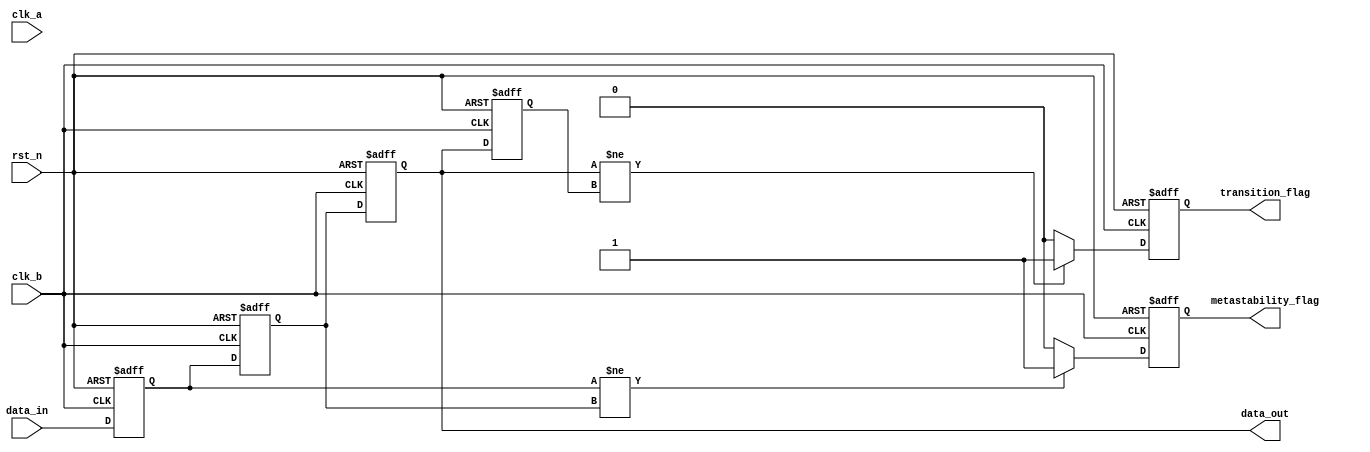
module cdc_detector #(
    parameter DATA_WIDTH = 1 // Width of the data signal
)(
    input wire clk_a,          // Clock for the source domain
    input wire clk_b,          // Clock for the destination domain
    input wire rst_n,          // Active low reset
    input wire [DATA_WIDTH-1:0] data_in, // Data signal from source domain
    output reg [DATA_WIDTH-1:0] data_out, // Sampled data signal in destination domain
    output reg transition_flag, // Flag indicating a transition
    output reg metastability_flag // Flag indicating a metastability occurrence
);

    // Internal signals
    reg [DATA_WIDTH-1:0] sync_ff1; // First flip-flop in the synchronizer
    reg [DATA_WIDTH-1:0] sync_ff2; // Second flip-flop in the synchronizer
    reg [DATA_WIDTH-1:0] prev_data_out; // Previous sampled data

    // Asynchronous reset logic
    always @(posedge clk_b or negedge rst_n) begin
        if (!rst_n) begin
            sync_ff1 <= 0;
            sync_ff2 <= 0;
            data_out <= 0;
            prev_data_out <= 0;
            transition_flag <= 0;
            metastability_flag <= 0;
        end else begin
            // Sample the data signal on clk_b
            sync_ff1 <= data_in; // Sample data_in in the first flip-flop
            sync_ff2 <= sync_ff1; // Sample the first flip-flop output in the second flip-flop

            // Update the output and check for transitions
            data_out <= sync_ff2; // Output the synchronized data
            if (data_out != prev_data_out) begin
                transition_flag <= 1; // A transition has occurred
            end else begin
                transition_flag <= 0; // No transition
            end

            // Check for metastability
            if (sync_ff1 != sync_ff2) begin
                metastability_flag <= 1; // Metastability detected
            end else begin
                metastability_flag <= 0; // No metastability
            end

            // Update previous data output
            prev_data_out <= data_out;
        end
    end

endmodule